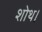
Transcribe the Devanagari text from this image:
शोथ।